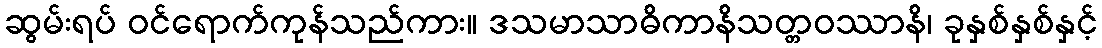
ဆွမ်းရပ် ဝင်ရောက်ကုန်သည်ကား။ ဒသမာသာဓိကာနိသတ္တဝဿာနိ၊ ခုနှစ်နှစ်နှင့်